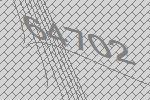
64702